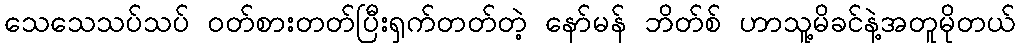
သေသေသပ်သပ် ဝတ်စားတတ်ပြီးရှက်တတ်တဲ့ နော်မန် ဘိတ်စ် ဟာသူ့မိခင်နဲ့အတူမိုတယ်